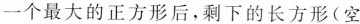
一个最大的正方形后，剩下的长方形(空